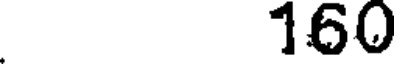
160